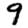
Digit: 9